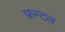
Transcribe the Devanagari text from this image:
फ्रन्‍टल